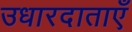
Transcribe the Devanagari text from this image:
उधारदाताएँ